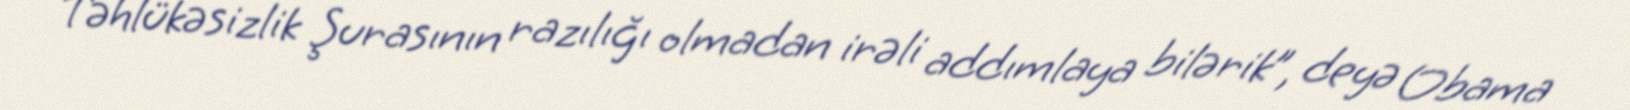
Təhlükəsizlik Şurasının razılığı olmadan irəli addımlaya bilərik”, deyə Obama